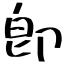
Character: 卽